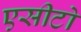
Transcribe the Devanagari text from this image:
एसीटो